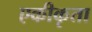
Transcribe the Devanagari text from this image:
एकीकृता